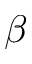
\beta